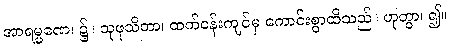
အာရမ္မဏေ၊ ၌။ သုဖုသိတာ၊ ထက်ဝန်းကျင်မှ ကောင်းစွာထိသည်။ ဟုတွာ၊ ၍။